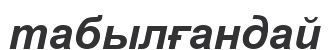
табылғандай